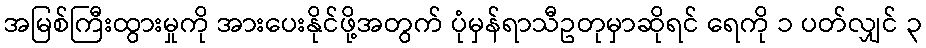
အမြစ်ကြီးထွားမှုကို အားပေးနိုင်ဖို့အတွက် ပုံမှန်ရာသီဥတုမှာဆိုရင် ရေကို ၁ ပတ်လျှင် ၃